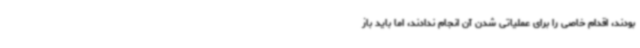
بودند، اقدام خاصی را برای عملیاتی شدن آن انجام ندادند، اما باید باز